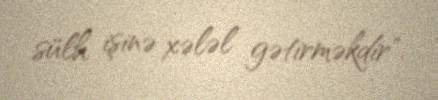
sülh işinə xələl gətirməkdir".